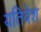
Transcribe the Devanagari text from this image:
यतिवेश